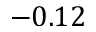
- 0 . 1 2